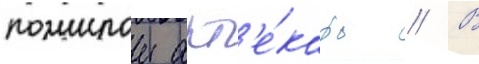
пожилои апт'е́карь // В